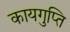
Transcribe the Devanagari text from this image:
कायगुप्ति